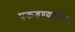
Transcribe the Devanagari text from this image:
पकडण्याकरिता